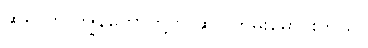
ဆရာက ကျွန်တော်တို့ကို ဆူပူကြိမ်းမောင်းတယ်။